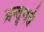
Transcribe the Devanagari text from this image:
अन्तृगर्त